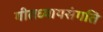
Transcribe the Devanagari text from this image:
गीतध्यायसंगति